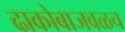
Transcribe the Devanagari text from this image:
ढाकोबाजवळच